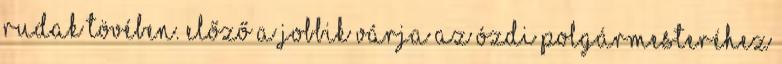
rudak tövében. Előző A Jobbik várja az ózdi polgármesteréhez